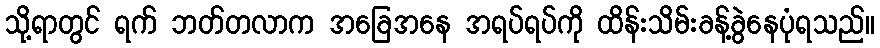
သို့ရာတွင် ရက် ဘတ်တလာက အခြေအနေ အရပ်ရပ်ကို ထိန်းသိမ်းခန့်ခွဲနေပုံရသည်။